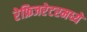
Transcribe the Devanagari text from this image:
रेफ्रिजरेटरमध्ये